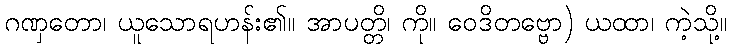
ဂဏှတော၊ ယူသောရဟန်း၏။ အာပတ္တိ၊ ကို။ ဝေဒိတဗ္ဗော) ယထာ၊ ကဲ့သို့။